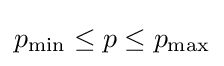
p_{\rm {min}}\leq p\leq p_{\rm {max}}